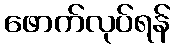
ဖောက်လုပ်ရန်